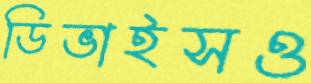
ডিভাইসও